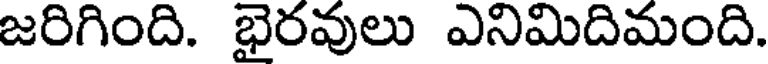
జరిగింది. భైరవులు ఎనిమిదిమంది.